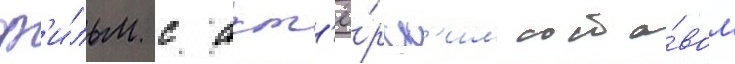
ф'и́льм с акт'ё́рск'им соста́вом